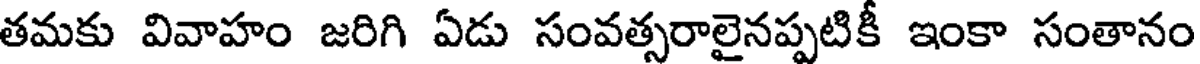
తమకు వివాహం జరిగి ఏడు సంవత్సరాలైనప్పటికీ ఇంకా సంతానం